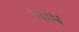
ખાધ